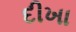
દીખા